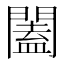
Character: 闔